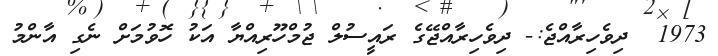
1973  ދިވެހިރާއްޖެ:- ދިވެހިރާއްޖޭގެ ރައީސުލް ޖުމްހޫރިއްޔާ އަކު ހޮވުމަށް ނެގި އާންމު